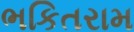
ભકિતરામ